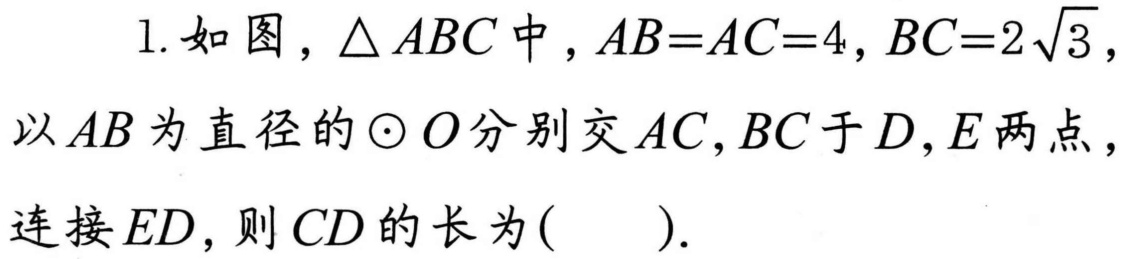
1. 如图，\(\triangle ABC\)中，\(AB = AC = 4\)，\(BC = 2\sqrt{3}\)，
以\(AB\)为直径的\(\odot O\)分别交\(AC,BC\)于\(D,E\)两点，
连接\(ED\)，则\(CD\)的长为\((\quad\quad)\).